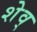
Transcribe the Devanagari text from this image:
शेव्